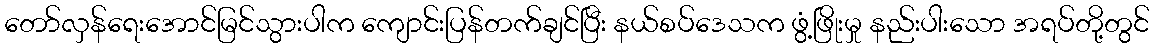
တော်လှန်ရေးအောင်မြင်သွားပါက ကျောင်းပြန်တက်ချင်ပြီး နယ်စပ်ဒေသက ဖွံ့ဖြိုးမှု နည်းပါးသော အရပ်တို့တွင်